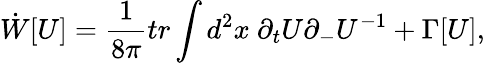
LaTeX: \dot{W}[U]=\frac{1}{8\pi}tr\int d^{2}x~\partial_{t}U\partial_{-}U^{-1}+\Gamma[U],